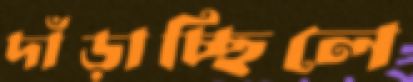
দাঁড়াচ্ছিলে